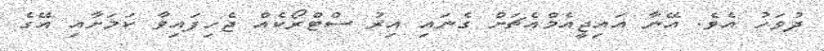
ދުވަހު އެވެ. އޭނާ އައިޖީއެމްއެޗަށް ގެނައި އިރު ސްޓްރޯކެއް ޖެހިފައިވާ ކަމަަށާއި އޭގެ